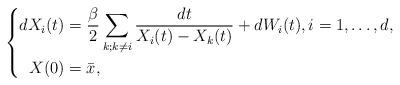
LaTeX: \begin{align*}\left\{\begin{aligned}dX_i(t)&=\frac{\beta}{2}\sum_{k;k\neq i}\frac{dt}{X_i(t)-X_k(t)}+dW_i(t),i=1,\dots,d,\\X(0)&=\bar{x},\end{aligned}\right.\end{align*}